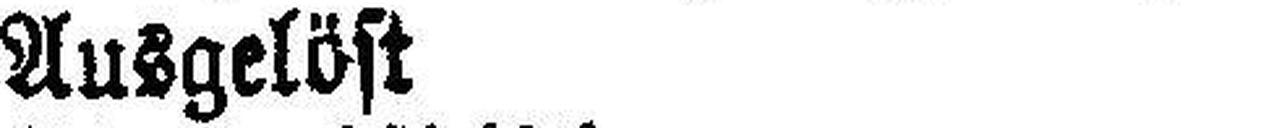
Ausgelöst